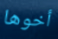
أخوها